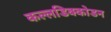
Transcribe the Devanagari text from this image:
कल्लडिक्कोडन